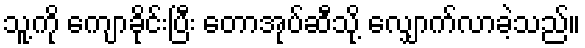
သူ့ကို ကျောခိုင်းပြီး တောအုပ်ဆီသို့ လျှောက်လာခဲ့သည်။